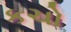
કચો